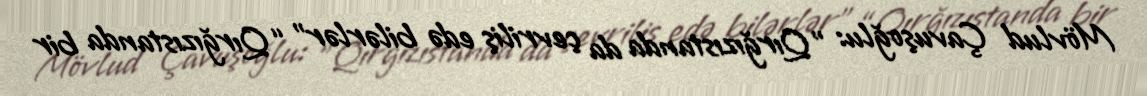
Mövlud Çavuşoğlu: "Qırğızıstanda da çevriliş edə bilərlər" “Qırğızıstanda bir